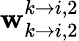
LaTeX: \mathbf{w}_{k\rightarrow i,2}^{k\rightarrow i,2}